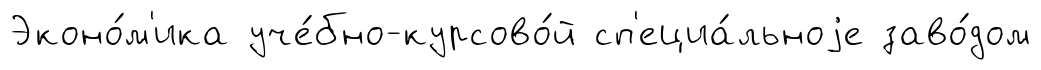
Эконо́м'ика уче́бно-курсово́й сп'ециа́льноjе заво́дом